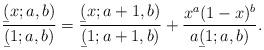
LaTeX: \begin{align*}\frac{\b(x;a,b)}{\b(1;a,b)} = \frac{\b(x;a+1,b)}{\b(1;a+1,b)} + \frac{x^a(1-x)^b}{a\b(1;a,b)}.\end{align*}